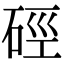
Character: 硜